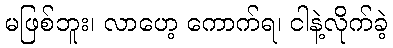
မဖြစ်ဘူး၊ လာဟေ့ ကောက်ရ၊ ငါနဲ့လိုက်ခဲ့